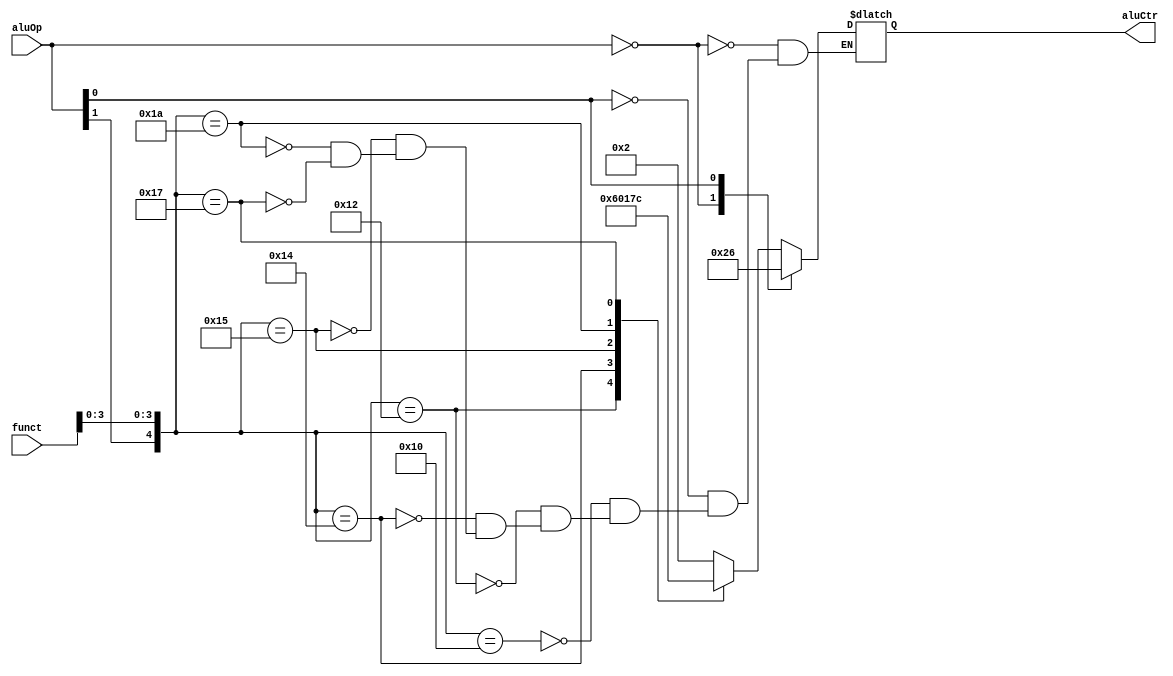
`timescale 1ns / 1ps
//////////////////////////////////////////////////////////////////////////////////
// Company: 
// Engineer: 
// 
// Design Name: 
// Module Name:    AluCtr 
// Project Name: 
// Target Devices: 
// Tool versions: 
// Description: 
//
// Dependencies: 
//
// Revision: 
// Revision 0.01 - File Created
// Additional Comments: 
//
//////////////////////////////////////////////////////////////////////////////////
module AluCtr(aluOp, funct, aluCtr);
    input [1:0] aluOp;
    input [5:0] funct;
    output [3:0] aluCtr;

	 reg [3:0] aluCtr;
	 
	 always @ (aluOp or funct)
	 casex ({aluOp, funct})
		8'b00xxxxxx: aluCtr = 4'b0010;
		8'bx1xxxxxx: aluCtr = 4'b0110;
		8'b1xxx0000: aluCtr = 4'b0010;
		8'b1xxx0010: aluCtr = 4'b0110;
		8'b1xxx0100: aluCtr = 4'b0000;
		8'b1xxx0101: aluCtr = 4'b0001;
		8'b1xxx1010: aluCtr = 4'b0111;
		8'b1xxx0111: aluCtr = 4'b1100;
	endcase
endmodule